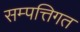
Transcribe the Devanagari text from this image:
सम्पत्तिगत